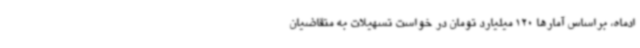
ادماه، براساس آمارها 120 میلیارد تومان در خواست تسهیلات به متقاضیان